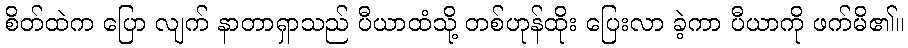
စိတ်ထဲက ပြော လျက် နာတာရှာသည် ပီယာထံသို့ တစ်ဟုန်ထိုး ပြေးလာ ခဲ့ကာ ပီယာကို ဖက်မိ၏။